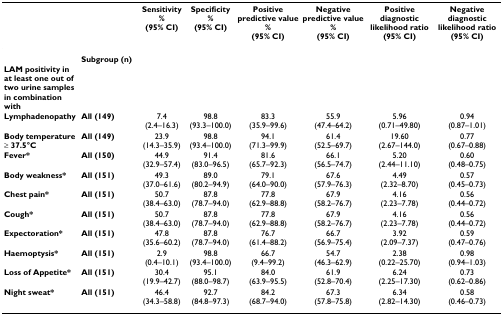
<table><thead><tr><td></td><td></td><td><b>Sensitivity%(95% CI)</b></td><td><b>Specificity%(95% CI)</b></td><td><b>Positive predictive value%(95% CI)</b></td><td><b>Negative predictive value%(95% CI)</b></td><td><b>Positive diagnostic likelihood ratio(95% CI)</b></td><td><b>Negative diagnostic likelihood ratio(95% CI)</b></td></tr></thead><tbody><tr><td></td><td><b>Subgroup (n)</b></td><td></td><td></td><td></td><td></td><td></td><td></td></tr><tr><td><b>LAM positivity in at least one out of two urine samples in combination with</b></td><td></td><td></td><td></td><td></td><td></td><td></td><td></td></tr><tr><td><b>Lymphadenopathy</b></td><td><b>All (149)</b></td><td>7.4(2.4–16.3)</td><td>98.8(93.3–100.0)</td><td>83.3(35.9–99.6)</td><td>55.9(47.4–64.2)</td><td>5.96(0.71–49.80)</td><td>0.94(0.87–1.01)</td></tr><tr><td><b>Body temperature ≥ 37.5°C</b></td><td><b>All (149)</b></td><td>23.9(14.3–35.9)</td><td>98.8(93.4–100.0)</td><td>94.1(71.3–99.9)</td><td>61.4(52.5–69.7)</td><td>19.60(2.67–144.0)</td><td>0.77(0.67–0.88)</td></tr><tr><td><b>Fever*</b></td><td><b>All (150)</b></td><td>44.9(32.9–57.4)</td><td>91.4(83.0–96.5)</td><td>81.6(65.7–92.3)</td><td>66.1(56.5–74.7)</td><td>5.20(2.44–11.10)</td><td>0.60(0.48–0.75)</td></tr><tr><td><b>Body weakness*</b></td><td><b>All (151)</b></td><td>49.3(37.0–61.6)</td><td>89.0(80.2–94.9)</td><td>79.1(64.0–90.0)</td><td>67.6(57.9–76.3)</td><td>4.49(2.32–8.70)</td><td>0.57(0.45–0.73)</td></tr><tr><td><b>Chest pain*</b></td><td><b>All (151)</b></td><td>50.7(38.4–63.0)</td><td>87.8(78.7–94.0)</td><td>77.8(62.9–88.8)</td><td>67.9(58.2–76.7)</td><td>4.16(2.23–7.78)</td><td>0.56(0.44–0.72)</td></tr><tr><td><b>Cough*</b></td><td><b>All (151)</b></td><td>50.7(38.4–63.0)</td><td>87.8(78.7–94.0)</td><td>77.8(62.9–88.8)</td><td>67.9(58.2–76.7)</td><td>4.16(2.23–7.78)</td><td>0.56(0.44–0.72)</td></tr><tr><td><b>Expectoration*</b></td><td><b>All (151)</b></td><td>47.8(35.6–60.2)</td><td>87.8(78.7–94.0)</td><td>76.7(61.4–88.2)</td><td>66.7(56.9–75.4)</td><td>3.92(2.09–7.37)</td><td>0.59(0.47–0.76)</td></tr><tr><td><b>Haemoptysis*</b></td><td><b>All (151)</b></td><td>2.9(0.4–10.1)</td><td>98.8(93.4–100.0)</td><td>66.7(9.4–99.2)</td><td>54.7(46.3–62.9)</td><td>2.38(0.22–25.70)</td><td>0.98(0.94–1.03)</td></tr><tr><td><b>Loss of Appetite*</b></td><td><b>All (151)</b></td><td>30.4(19.9–42.7)</td><td>95.1(88.0–98.7)</td><td>84.0(63.9–95.5)</td><td>61.9(52.8–70.4)</td><td>6.24(2.25–17.30)</td><td>0.73(0.62–0.86)</td></tr><tr><td><b>Night sweat*</b></td><td><b>All (151)</b></td><td>46.4(34.3–58.8)</td><td>92.7(84.8–97.3)</td><td>84.2(68.7–94.0)</td><td>67.3(57.8–75.8)</td><td>6.34(2.82–14.30)</td><td>0.58(0.46–0.73)</td></tr></tbody></table>